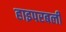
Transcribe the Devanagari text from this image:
हाइपरबली